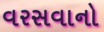
વરસવાનો